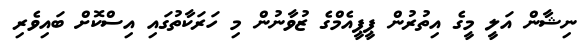
ނިޝާން އަލީ މީގެ އިތުރުން ޕީޕީއެމްގެ ޒުވާނުން މި ހަރަކާތުގައި އިސްކޮށް ބައިވެރި